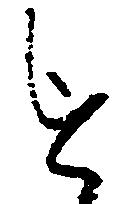
を